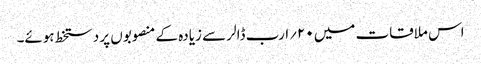
اس ملاقات میں ۲۰؍ارب ڈالر سے زیادہ کے منصوبوں پر دستخط ہوئے۔